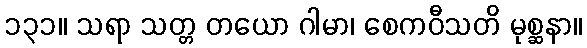
၁၃၁။ သရာ သတ္တ တယော ဂါမာ၊ စေကဝီသတိ မုစ္ဆနာ။